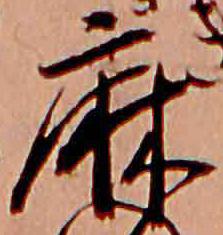
麻